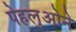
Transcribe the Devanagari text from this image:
पेहलुओने